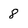
Character: 8